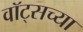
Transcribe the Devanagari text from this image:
वॉट्सच्या